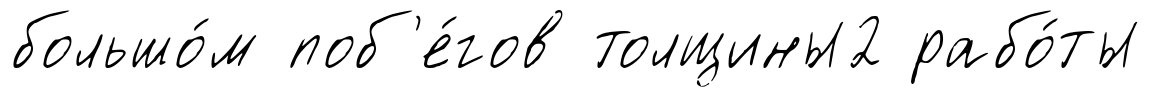
большо́м поб'е́гов толщины2 рабо́ты